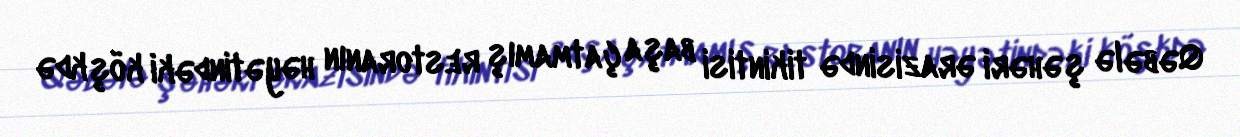
Qəbələ şəhəri ərazisində tikintisi başa çatmamış restoranın həyətindəki köşkdə